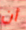
أن